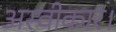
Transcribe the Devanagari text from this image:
अस्वीकार।